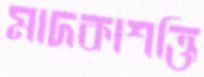
মাদকাশক্তি